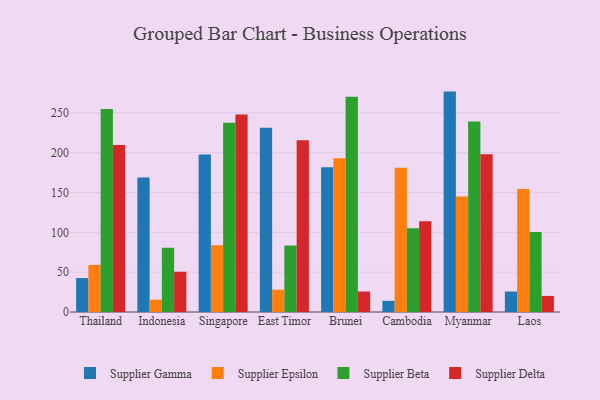
{"axis": {"x": "Country", "y": "Market Share (%)"}, "legend": ["Supplier Beta", "Supplier Delta", "Supplier Epsilon", "Supplier Gamma"], "data": [{"x": "Thailand", "y": 42.6, "type": "Supplier Gamma"}, {"x": "Thailand", "y": 59.1, "type": "Supplier Epsilon"}, {"x": "Thailand", "y": 254.7, "type": "Supplier Beta"}, {"x": "Thailand", "y": 209.7, "type": "Supplier Delta"}, {"x": "Indonesia", "y": 168.8, "type": "Supplier Gamma"}, {"x": "Indonesia", "y": 15.5, "type": "Supplier Epsilon"}, {"x": "Indonesia", "y": 80.8, "type": "Supplier Beta"}, {"x": "Indonesia", "y": 50.5, "type": "Supplier Delta"}, {"x": "Singapore", "y": 197.8, "type": "Supplier Gamma"}, {"x": "Singapore", "y": 83.8, "type": "Supplier Epsilon"}, {"x": "Singapore", "y": 237.7, "type": "Supplier Beta"}, {"x": "Singapore", "y": 248.0, "type": "Supplier Delta"}, {"x": "East Timor", "y": 231.2, "type": "Supplier Gamma"}, {"x": "East Timor", "y": 28.0, "type": "Supplier Epsilon"}, {"x": "East Timor", "y": 83.5, "type": "Supplier Beta"}, {"x": "East Timor", "y": 215.7, "type": "Supplier Delta"}, {"x": "Brunei", "y": 181.7, "type": "Supplier Gamma"}, {"x": "Brunei", "y": 193.1, "type": "Supplier Epsilon"}, {"x": "Brunei", "y": 270.2, "type": "Supplier Beta"}, {"x": "Brunei", "y": 25.7, "type": "Supplier Delta"}, {"x": "Cambodia", "y": 14.0, "type": "Supplier Gamma"}, {"x": "Cambodia", "y": 181.1, "type": "Supplier Epsilon"}, {"x": "Cambodia", "y": 105.2, "type": "Supplier Beta"}, {"x": "Cambodia", "y": 113.8, "type": "Supplier Delta"}, {"x": "Myanmar", "y": 276.7, "type": "Supplier Gamma"}, {"x": "Myanmar", "y": 145.0, "type": "Supplier Epsilon"}, {"x": "Myanmar", "y": 239.2, "type": "Supplier Beta"}, {"x": "Myanmar", "y": 198.2, "type": "Supplier Delta"}, {"x": "Laos", "y": 25.7, "type": "Supplier Gamma"}, {"x": "Laos", "y": 154.3, "type": "Supplier Epsilon"}, {"x": "Laos", "y": 100.5, "type": "Supplier Beta"}, {"x": "Laos", "y": 20.2, "type": "Supplier Delta"}]}